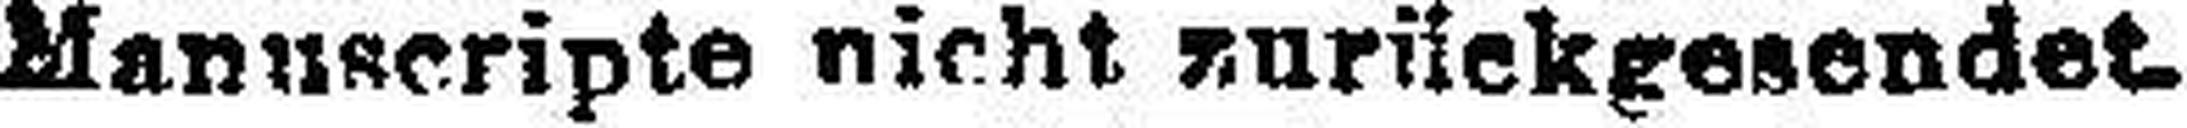
Manuscripte nicht zurückgesendet.